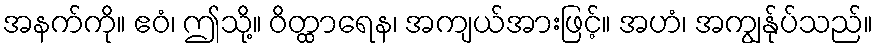
အနက်ကို။ ဧဝံ၊ ဤသို့။ ဝိတ္ထာရေန၊ အကျယ်အားဖြင့်။ အဟံ၊ အကျွန်ုပ်သည်။